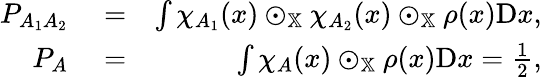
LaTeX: \begin{array}{rlr}{P_{A_{1}A_{2}}}&{{}=}&{\int\chi_{A_{1}}(x)\odot_{\mathbb{X}}\chi_{A_{2}}(x)\odot_{\mathbb{X}}\rho(x)\mathrm{D}x,}\\ {P_{A}}&{{}=}&{\int\chi_{A}(x)\odot_{\mathbb{X}}\rho(x)\mathrm{D}x=\frac{1}{2},}\end{array}